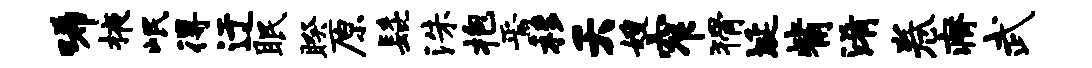
唏掖岷得迂眠睽原髭洙抱焉移夭嫂窄猾埏觜淆卷瘠武